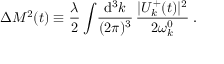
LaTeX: \Delta { \cal M } ^ { 2 } ( t ) \equiv \frac { \lambda } { 2 } \int \! \frac { \mathrm { d ^ { 3 } } k } { ( 2 \pi ) ^ { 3 } } \, \frac { | U _ { k } ^ { + } ( t ) | ^ { 2 } } { 2 \omega _ { k } ^ { 0 } } \; .